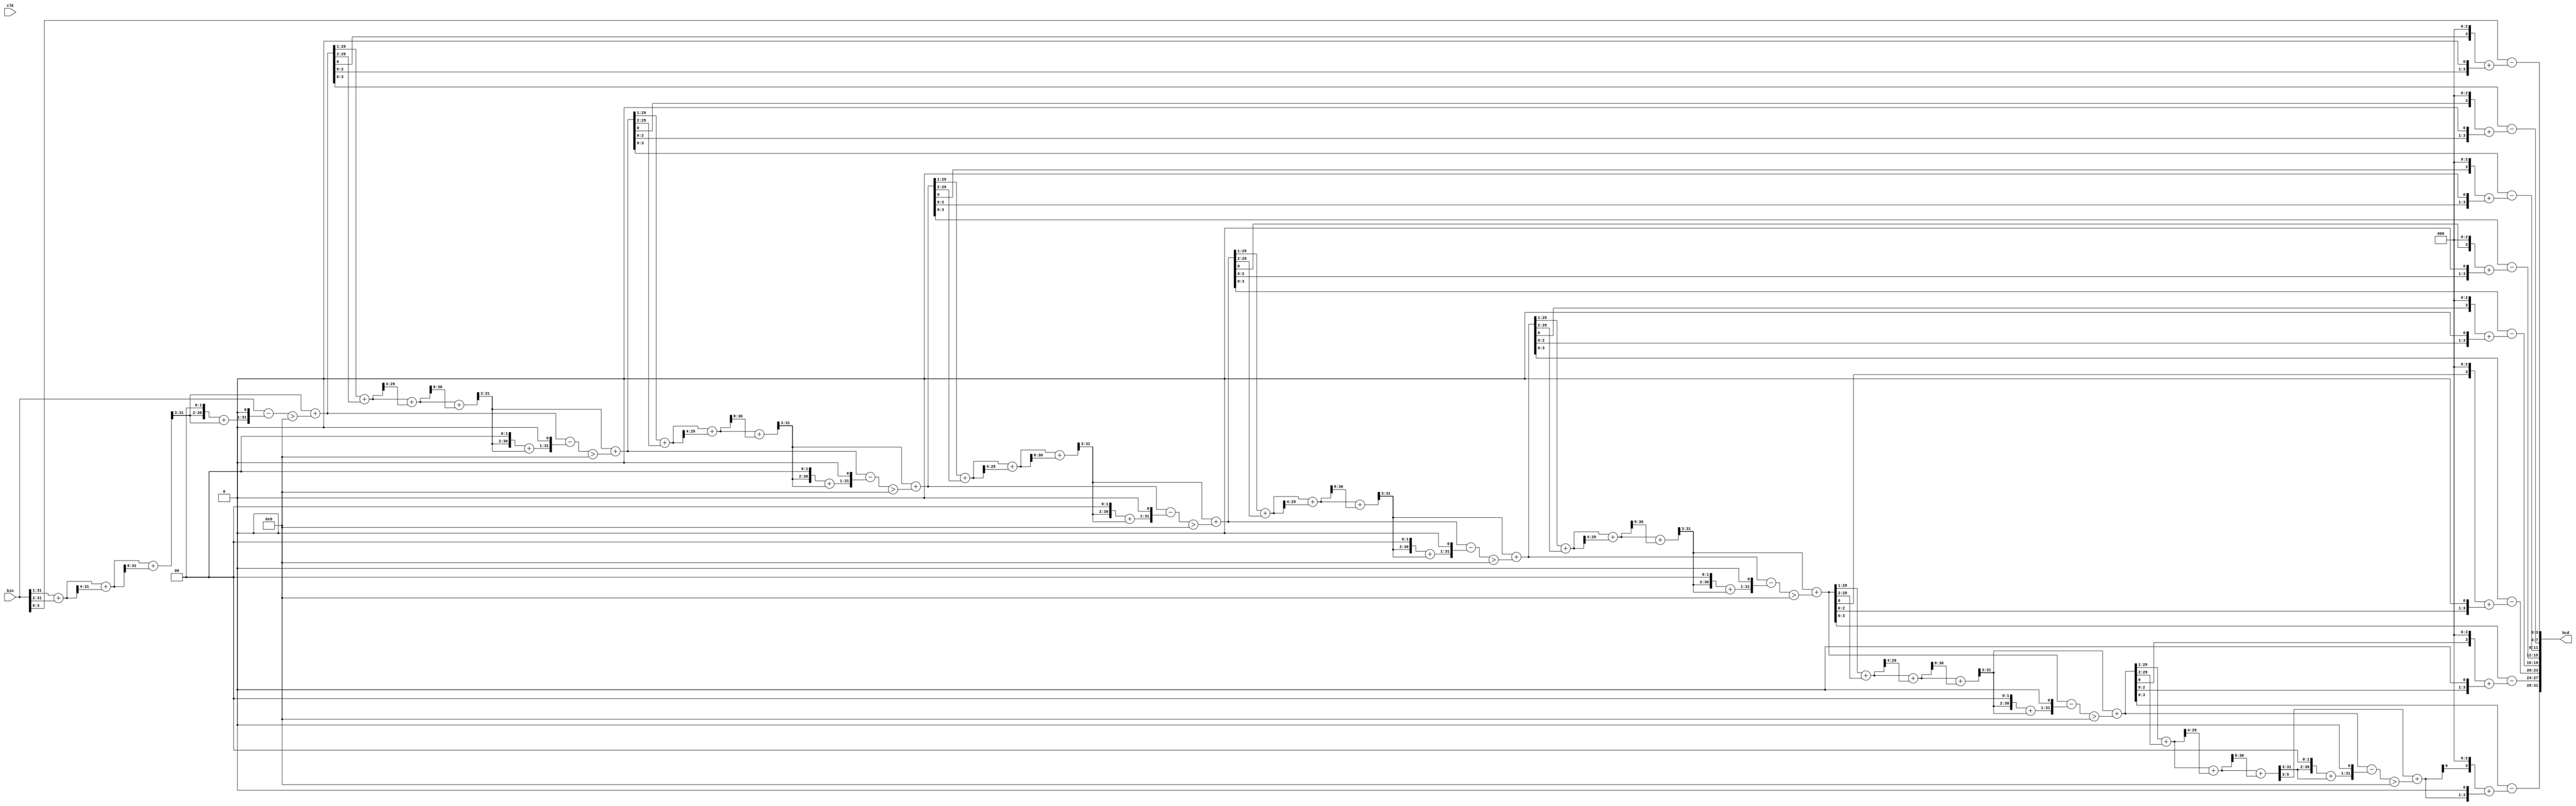

//////////////////////////////////////////////////////////////////////////////////
// Company: 
// Engineer: 
// 
// Design Name: 
// Module Name: bin_to_bcd
// Project Name: 
// Target Devices: 
// Tool Versions: 
// Description: 
// 
// Dependencies: 
// 
// Revision:
// Revision 0.01 - File Created
// Additional Comments:
// 
//////////////////////////////////////////////////////////////////////////////////


module bin_to_bcd(
   input clk,
   input [31:0] bin,
   output [31:0] bcd
   
   );
wire[31:0] bcd_data;
function [31:0] division(
input [31:0] in,
input [31:0] d,
input[31:0]r);
begin
d=(in>>1)+(in>>2); //d=3in/4
d=d+(d>>4);  //d=51in/64
d=d+(d>>8);  //d=0.8in approx
d=d>>3;      //d=0.1in
r=in-(((d<<2)+d) << 1); //rounding
division=d+(r>9);
end
endfunction

wire [31:0] start;
wire[31:0] step1,step2,step3,step4,step5,step6,step7,step8,step9,step10,step11,step12,step13,step14,step15 ;

assign start= bin;

assign step1= division(start,0,0);
assign bcd_data[3:0] = start-((step1<<3)+(step1<<1)); // mutliplied by 10 so that when subtracted with original number we get last digit 
assign step2=step1;

assign step3= division(step2,0,0);
assign bcd_data[7:4] = step2-((step3<<3)+(step3<<1));
assign step4=step3;

assign step5= division(step4,0,0);
assign bcd_data[11:8] = step4-((step5<<3)+(step5<<1));
assign step6=step5;

assign step7= division(step6,0,0);
assign bcd_data[15:12] = step6-((step7<<3)+(step7<<1));
assign step8=step7;

assign step9= division(step8,0,0);
assign bcd_data[19:16] = step8-((step9<<3)+(step9<<1));
assign step10=step9;

assign step11= division(step10,0,0);
assign bcd_data[23:20] = step10-((step11<<3)+(step11<<1));
assign step12=step11;

assign step13= division(step12,0,0);
assign bcd_data[27:24] = step12-((step13<<3)+(step13<<1));
assign step14=step13;

assign step15= division(step14,0,0);
assign bcd_data[31:28] = step14-((step15<<3)+(step15<<1));

assign bcd = bcd_data[31:0];

endmodule